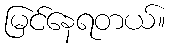
မြင်နေရတယ်။